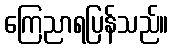
ကြေညာရပြန်သည်။